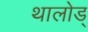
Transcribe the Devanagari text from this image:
थालोड्